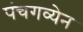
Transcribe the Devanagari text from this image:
पंचगव्येन